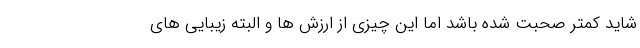
شاید کمتر صحبت شده باشد اما این چیزی از ارزش ها و البته زیبایی های